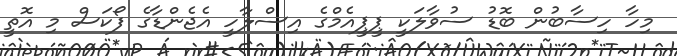
މިހާ ހިސާބުން ބޮޑު ސުވާލަކީ ޕީޕީއެމްގެ އިސްލާހީ އެޖެންޑާގެ ފޯކަސް މި އޮތީ